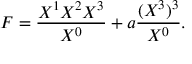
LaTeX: F = { \frac { X ^ { 1 } X ^ { 2 } X ^ { 3 } } { X ^ { 0 } } } + a { \frac { ( X ^ { 3 } ) ^ { 3 } } { X ^ { 0 } } } .